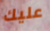
عليك